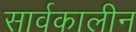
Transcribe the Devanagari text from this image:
सार्वकालीन